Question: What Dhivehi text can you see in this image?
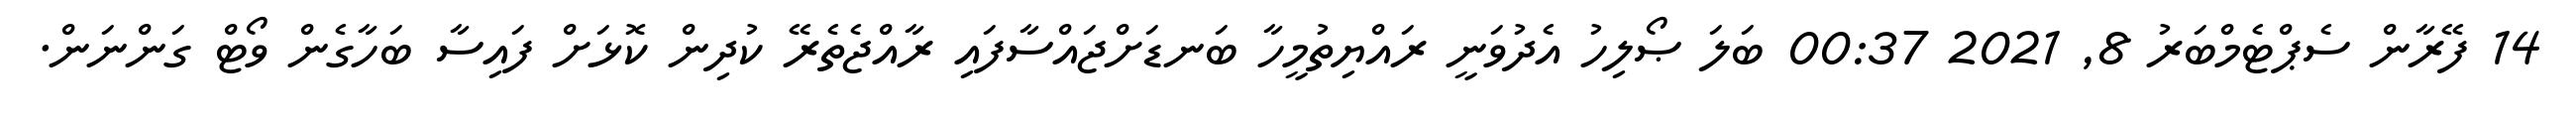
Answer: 14 ފޭރާން ސެޕްޓެމްބަރު 8, 2021 00:37 ބަލަ ޞޯލިހު އެދުވަނީ ރައްޔިތުމީހާ ބަނޑަށްޖައްސާފައި ރާއްޖެތެރޭ ކުދިން ކޮޅަށް ފައިސާ ބަހާގެން ވޯޓް ގަންނަން.